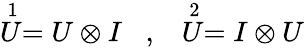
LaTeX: \begin{array}{cc}{{\stackrel{1}{U}=U\otimes I\; \; \; ,}}&{{\stackrel{2}{U}=I\otimes U}}\end{array}